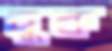
বুক